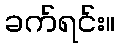
ခက်ရင်း။